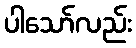
ပါသော်လည်း